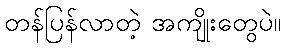
တန်ပြန်လာတဲ့ အကျိုးတွေပဲ။